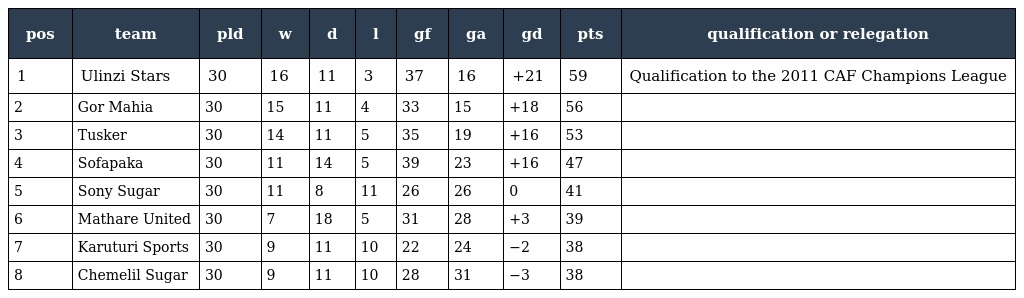
| pos | team | pld | w | d | l | gf | ga | gd | pts | qualification or relegation |
 | --- | --- | --- | --- | --- | --- | --- | --- | --- | --- | --- |
 | 1 | Ulinzi Stars | 30 | 16 | 11 | 3 | 37 | 16 | +21 | 59 | Qualification to the 2011 CAF Champions League |
 | 2 | Gor Mahia | 30 | 15 | 11 | 4 | 33 | 15 | +18 | 56 |  |
 | 3 | Tusker | 30 | 14 | 11 | 5 | 35 | 19 | +16 | 53 |  |
 | 4 | Sofapaka | 30 | 11 | 14 | 5 | 39 | 23 | +16 | 47 |  |
 | 5 | Sony Sugar | 30 | 11 | 8 | 11 | 26 | 26 | 0 | 41 |  |
 | 6 | Mathare United | 30 | 7 | 18 | 5 | 31 | 28 | +3 | 39 |  |
 | 7 | Karuturi Sports | 30 | 9 | 11 | 10 | 22 | 24 | −2 | 38 |  |
 | 8 | Chemelil Sugar | 30 | 9 | 11 | 10 | 28 | 31 | −3 | 38 |  |